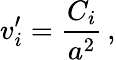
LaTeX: {v_{i}^{\prime}}=\frac{C_{i}}{a^{2}}\, ,